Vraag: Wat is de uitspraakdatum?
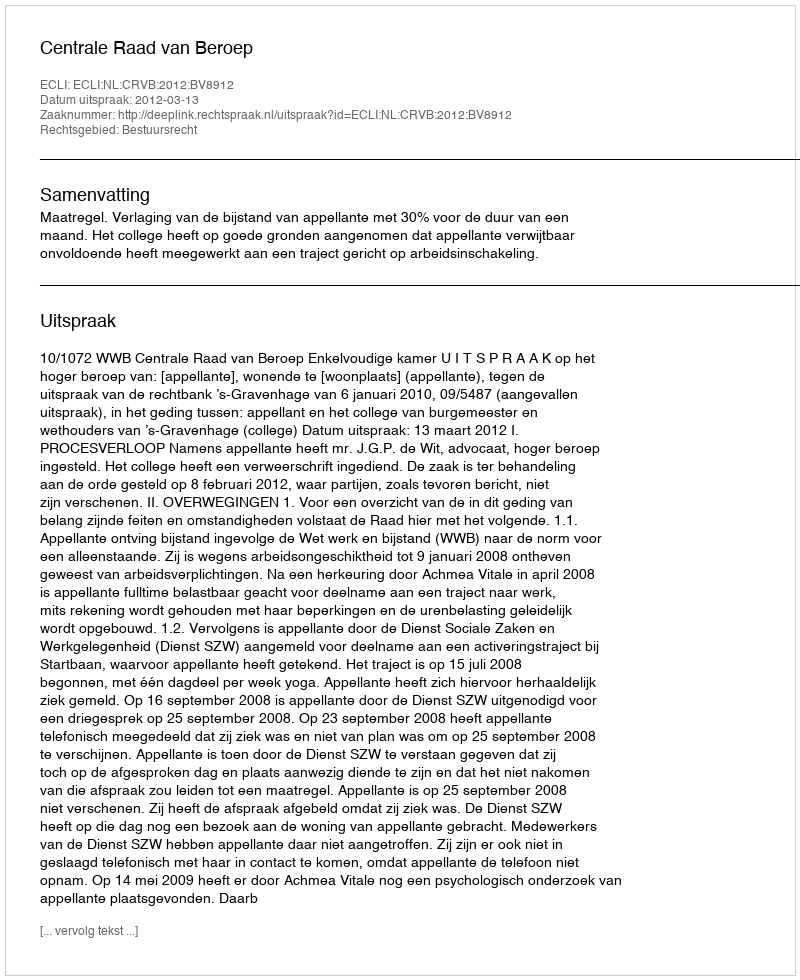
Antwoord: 2012-03-13